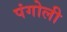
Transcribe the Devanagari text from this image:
पंगोली